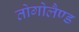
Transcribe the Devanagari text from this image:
तोगोलैण्ड